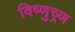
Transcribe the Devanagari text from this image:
विष्णुच्र्ण